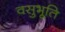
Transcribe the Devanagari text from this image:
वसुभूति